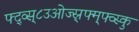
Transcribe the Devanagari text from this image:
फ्द्व्स्८उओज्स्र्फ्म्फ्व्स्कु